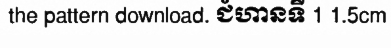
the pattern download. ជំហានទី 1 1.5cm